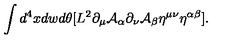
\int d ^ { 4 } x d w d \theta [ L ^ { 2 } \partial _ { \mu } { \cal A } _ { \alpha } \partial _ { \nu } { \cal A } _ { \beta } \eta ^ { \mu \nu } \eta ^ { \alpha \beta } ] .